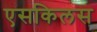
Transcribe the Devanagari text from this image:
एसकिलस